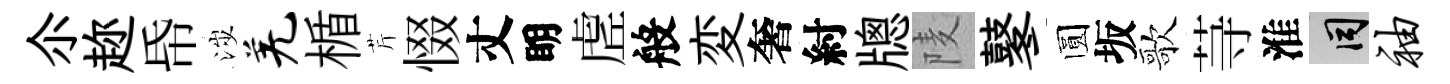
尒趂帋涉羌楯芹惙丈眀虗般変奢紂牕𨹧鼕圆坂歌䒭淮间袖